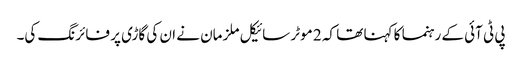
پی ٹی آئی کے رہنما کا کہنا تھا کہ 2 موٹر سائیکل ملزمان نے ان کی گاڑی پر فائرنگ کی۔